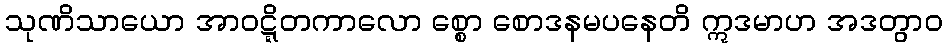
သုဏိသာယော အာဝဋ္ဋိတကာလော စ္စော စောဒနမပနေတိ ဣဒမာဟ အဒတွာဝ